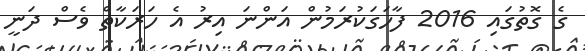
ގެ ގޮތުގައި 2016 ފާހަގަކުރަމުން އަންނަ އިރު އެ ހަރަކާތް ވެސް ދަނީ